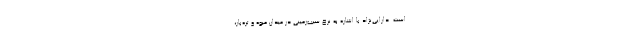
است. دارایی‌نژاد با اشاره به نرخ سیب‌زمینی در میدان میوه و تره‌بار،